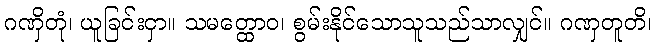
ဂဏှိတုံ၊ ယူခြင်းငှာ။ သမတ္ထောဝ၊ စွမ်းနိုင်သောသူသည်သာလျှင်။ ဂဏှတူတိ၊